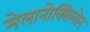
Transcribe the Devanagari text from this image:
मेलानोक्सिलोन